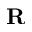
{ \bf R }